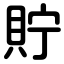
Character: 貯